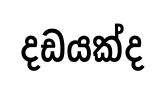
දඩයක්ද